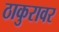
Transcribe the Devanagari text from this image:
ठाकुरावर